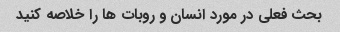
بحث فعلی در مورد انسان و روبات ها را خلاصه کنید